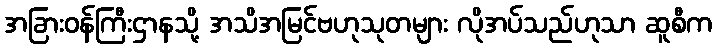
အခြားဝန်ကြီးဌာနသို့ အသိအမြင်ဗဟုသုတများ လိုအပ်သည်ဟုသာ ဆူစီက